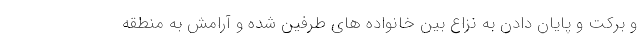
و برکت و پایان دادن به نزاع بین خانواده های طرفین شده و آرامش به منطقه